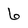
Character: 6